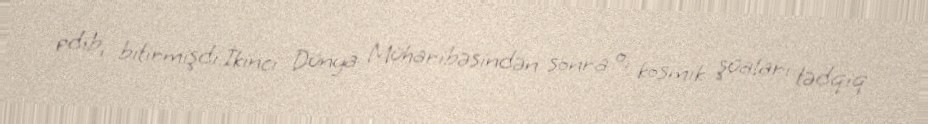
edib, bitirmişdi.İkinci Dünya Müharibəsindən sonra o, kosmik şüaları tədqiq